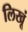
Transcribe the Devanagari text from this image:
लिखूं